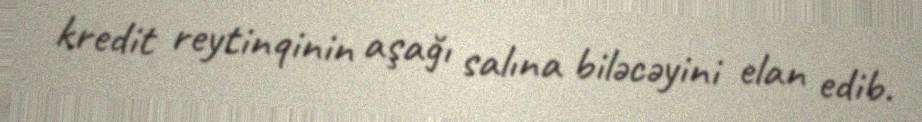
kredit reytinqinin aşağı salına biləcəyini elan edib.